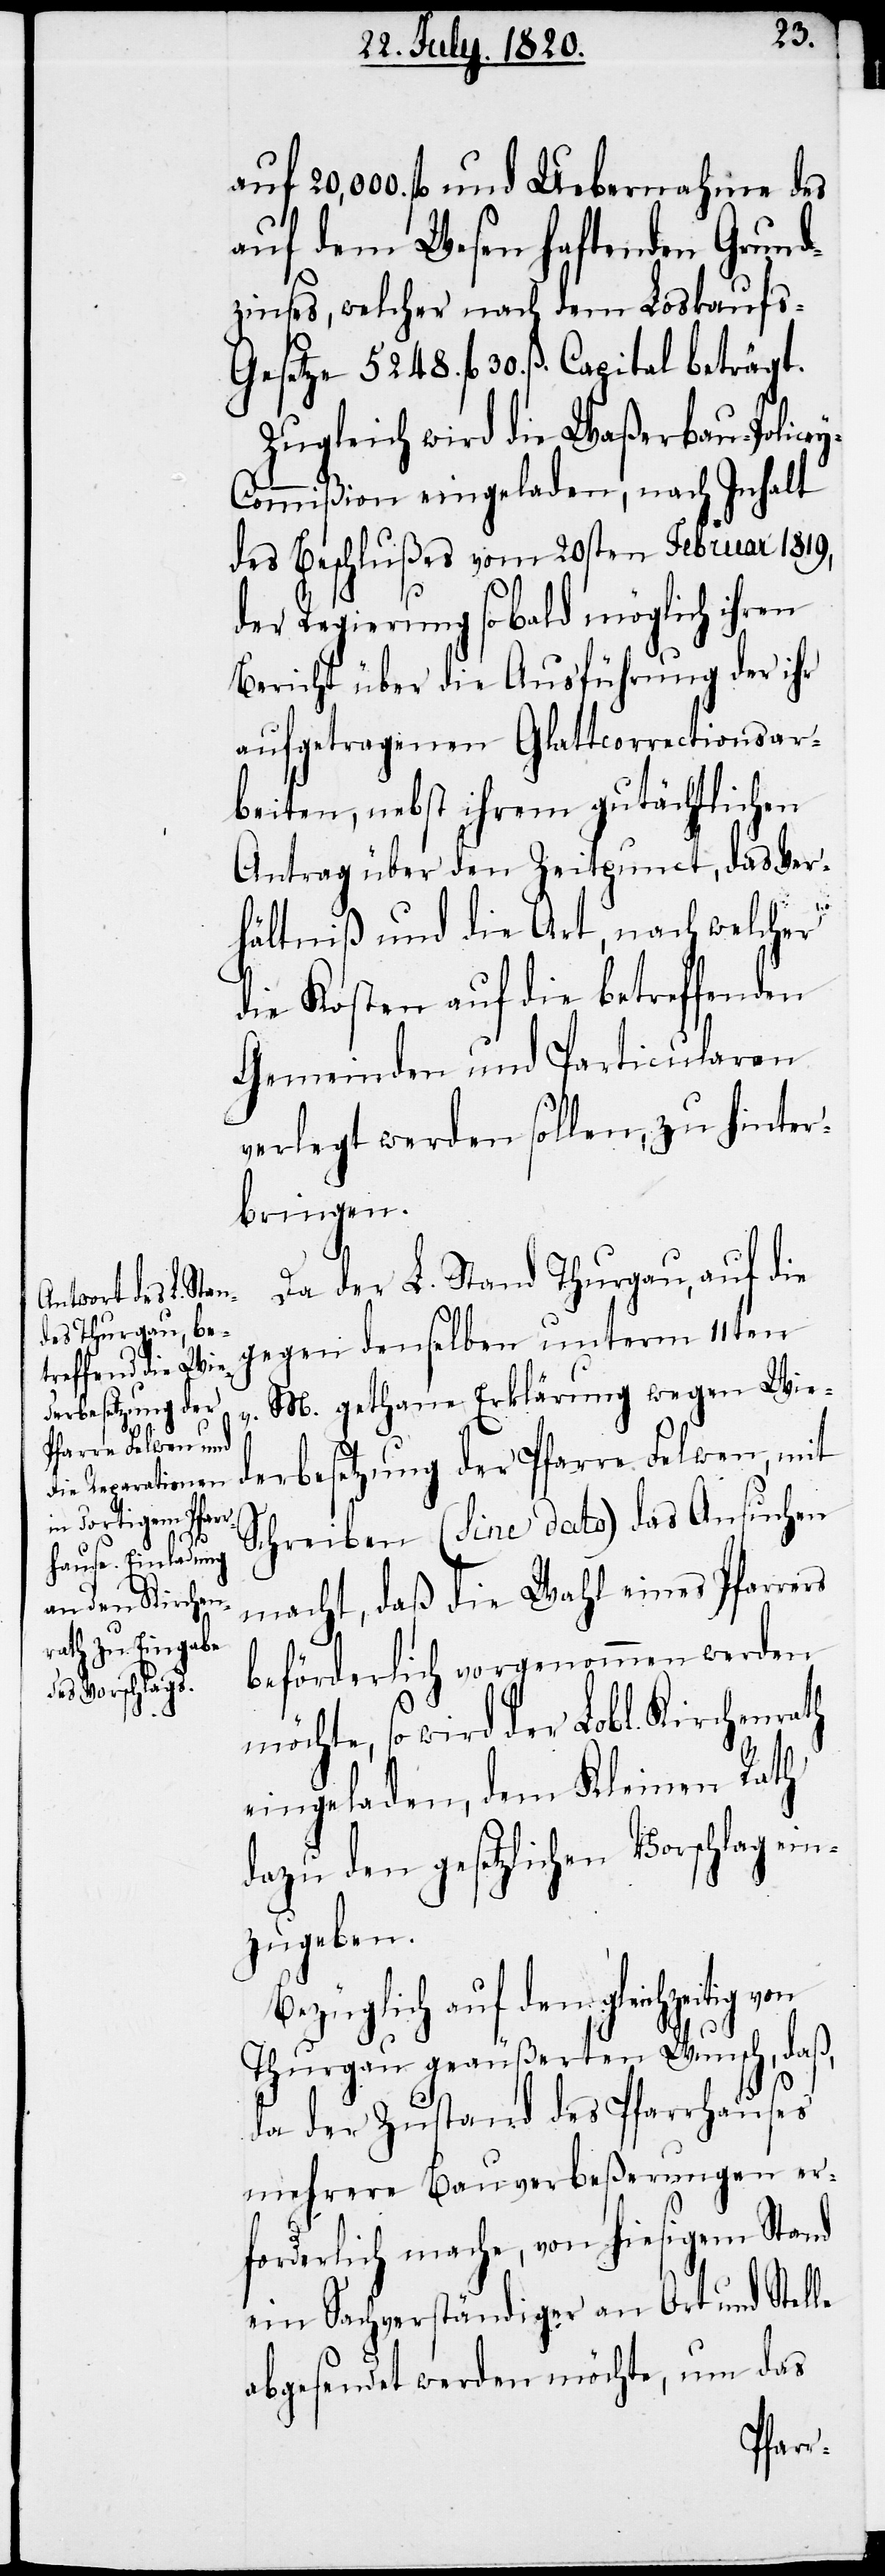
auf 20,000 fl. und Uebernahme des
auf dem Wesen haftenden Grund¬
zinses, welcher nach dem Loskaufs-G¬
esetze 5248. fl 30. ß. Capital beträgt.
Zugleich wird die Waßerbau-Police¬
y-Commißion eingeladen, nach Inhalt
des Beschlußes vom 20sten Februar 1819,
der Regierung sobald möglich ihren
Bericht über die Ausführung der ihr
aufgetragenen Glattcorrectionsar¬
beiten, nebst ihrem gutächtlichen
Antrag über den Zeitpunct, das Ver¬
hältniß und die Art, nach welcher
die Kosten auf die betreffenden
Gemeinden und Particularen
verlegt werden sollen, zu hinter¬
bringen.
Da der L. Stand Thurgau, auf die
gegen denselben unterm 11ten
M. gethane Erklärung wegen Wie¬
derbesetzung der Pfarre Felwen, mit
Schreiben (sine dato) das Ansuchen
macht, daß die Wahl eines Pfarrers
beförderlich vorgenommen werden
möchte, so wird der Lobl. Kirchenrath
eingeladen, dem Kleinen Rath
dazu den gesetzlichen Vorschlag ein¬
zugeben.
Bezüglich auf den gleichzeitig
Thurgau geäußerten Wunsch, daß,
da der Zustand des Pfarrhauses
mehrere Bauverbeßerungen er¬
forderlich mache, von hiesigem Stand
ein Sachverständiger an Ort und Stelle
abgesendet werden möchte, um das